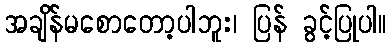
အချိန်မစောတော့ပါဘူး၊ ပြန် ခွင့်ပြုပါ။